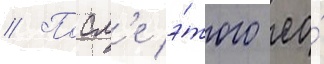
// Посл'е э́того ео́